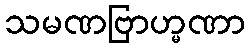
သမဏဗြာဟ္မဏာ